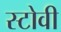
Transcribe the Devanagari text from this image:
स्टोवी